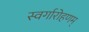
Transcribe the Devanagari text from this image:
स्वर्गारोहणम्